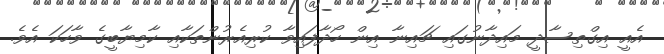
އެއީ އިގްތިސާދީ މައިދާނުގައި ޗައިނާ އިން ހޯދާފައިވާ ކުރިއެރުންތަކާއި ކާމިޔާބީގެ ވާހަކަ އެވެ.